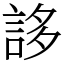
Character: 誃